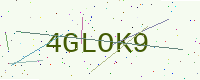
Text: 4GLOK9